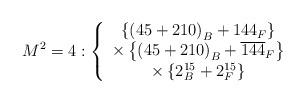
LaTeX: \begin{align*}M^2=4:\left\{\begin{array}{c}\left\{ \left( 45+210\right) _B+144_F\right\} \\\times \left\{ \left( 45+210\right) _B+\overline{144}_F\right\} \\\times \left\{ 2_B^{15}+2_F^{15}\right\}\end{array}\right.\end{align*}